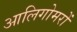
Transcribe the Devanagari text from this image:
आलिगोमरों